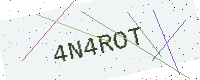
Text: 4N4ROT